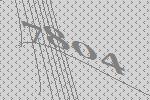
7804